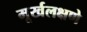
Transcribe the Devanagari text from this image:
मूर्खलक्षणे